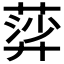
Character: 𦹈